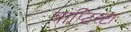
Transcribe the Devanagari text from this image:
बाप्टिस्टा